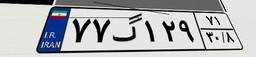
۴۱گ۲۲۷۶۵